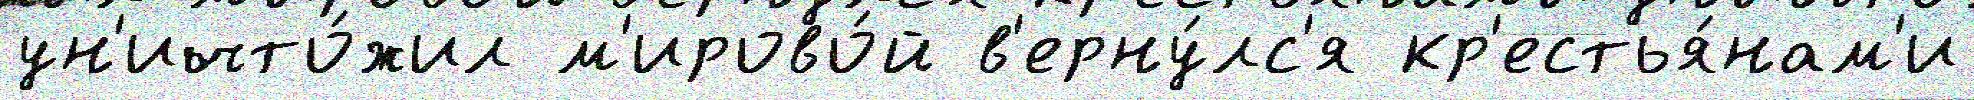
ун'ичто́жил м'ирово́й в'ерну́лс'я кр'естья́нам'и